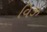
વિઝ